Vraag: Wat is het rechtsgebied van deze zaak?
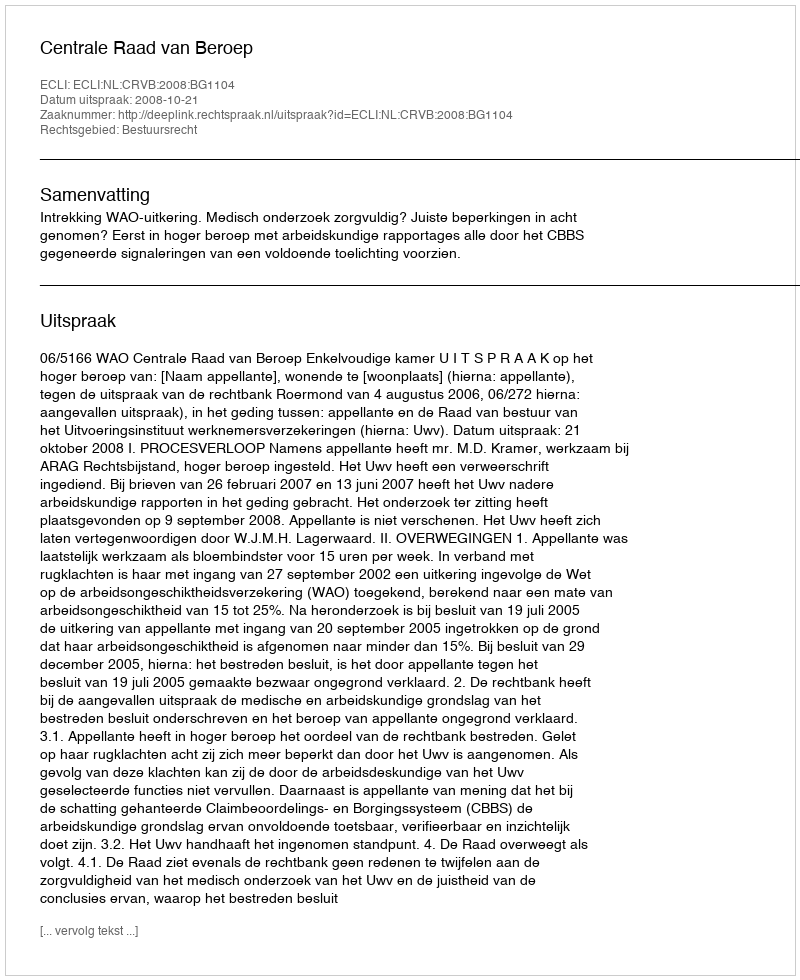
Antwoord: Bestuursrecht